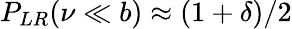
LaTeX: P_{LR}(\nu\ll b)\approx(1+\delta)/2